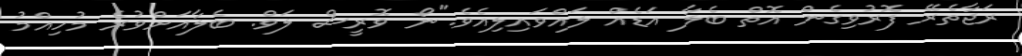
ރަޖާތެރޭ ފޮރުވިގެން އޮތް ބެލާ އަޑެއް ލައްވައިލިއެވެ."ނޯ ވޮރީސް ލަވް. ބެލާއަށްވުރެ މުހިއްމު